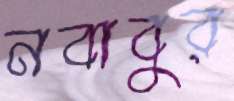
নবাবুর